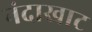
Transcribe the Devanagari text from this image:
नंदाखाट